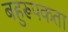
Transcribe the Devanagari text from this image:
बहुरूपकता